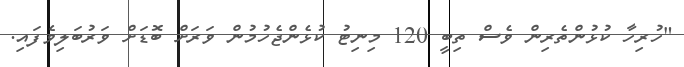
"ހުރިހާ ކުޅުންތެރިން ވެސް ތިބީ 120 މިނިޓު ކުޅެންޖެހުމުން ވަރަށް ބޮޑަށް ވަރުބަލިވެފައި.